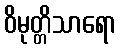
ဝိမုတ္တိသာရော